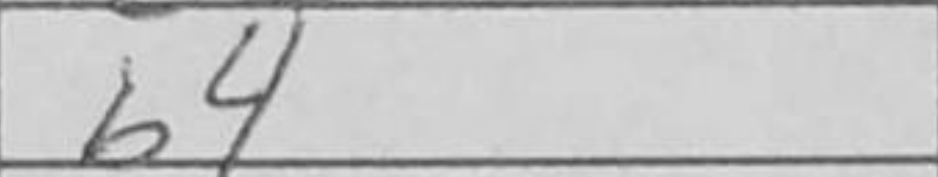
Transcription: b4